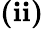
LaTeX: \textbf{(ii)}